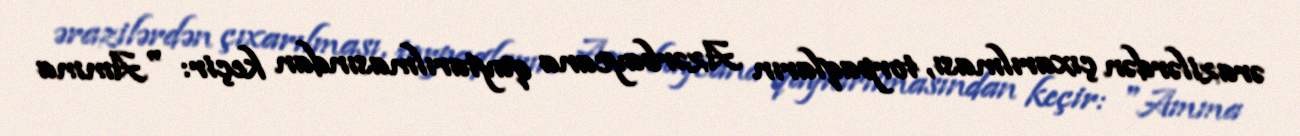
ərazilərdən çıxarılması, torpaqların Azərbaycana qaytarılmasından keçir: "Amma